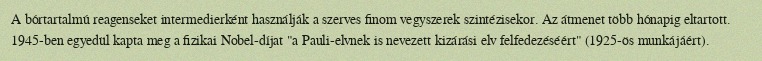
A bórtartalmú reagenseket intermedierként használják a szerves finom vegyszerek szintézisekor. Az átmenet több hónapig eltartott. 1945-ben egyedül kapta meg a fizikai Nobel-díjat "a Pauli-elvnek is nevezett kizárási elv felfedezéséért" (1925-ös munkájáért).